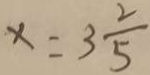
x = 3 \frac { 2 } { 5 }